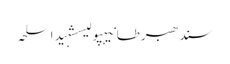
سندھبرطانیہپولیسشہیداسلحہ